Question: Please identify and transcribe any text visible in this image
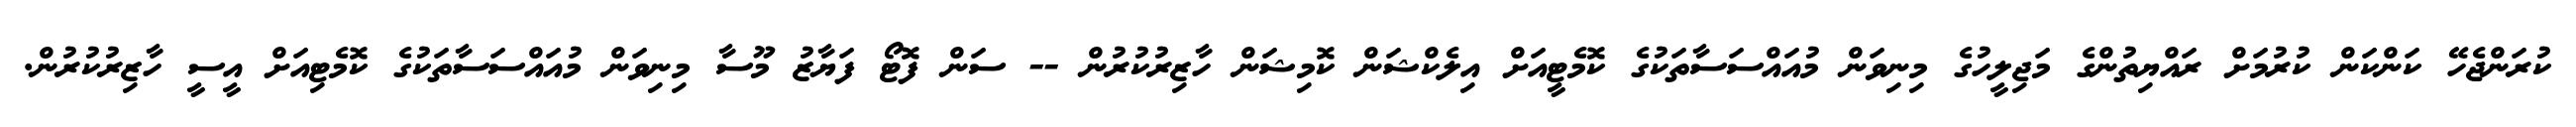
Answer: ކުރަންޖެހޭ ކަންކަން ކުރުމަށް ރައްޔިތުންގެ މަޖިލީހުގެ މިނިވަން މުއައްސަސާތަކުގެ ކޮމެޓީއަށް އިލެކްޝަން ކޮމިޝަން ހާޒިރުކުރުން -- ސަން ފޮޓޯ ފަޔާޒު މޫސާ މިނިވަން މުއައްސަސާތަކުގެ ކޮމެޓިއަށް އީސީ ހާޒިރުކުރުން.